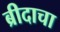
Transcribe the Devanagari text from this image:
ब्रीदाचा